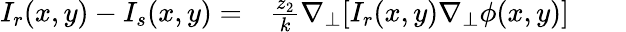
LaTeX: \begin{array}{rlrl}{I_{r}(x,y)-I_{s}(x,y)=}&{{}\frac{z_{2}}{k}\nabla_{\perp}[I_{r}(x,y)\nabla_{\perp}\phi(x,y)]}&{}&{{}}\end{array}